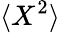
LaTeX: \langle X^{2}\rangle